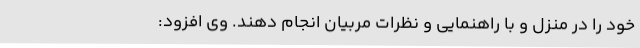
خود را در منزل و با راهنمایی و نظرات مربیان انجام دهند. وی افزود: